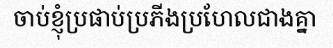
ចាប់ខ្ញុំប្រផាប់ប្រភីងប្រហែលជាងគ្នា